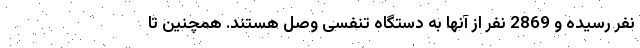
نفر رسیده و 2869 نفر از آنها به دستگاه تنفسی وصل هستند. همچنین تا